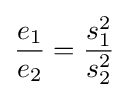
{\frac {e_{1}}{e_{2}}}={\frac {s_{1}^{2}}{s_{2}^{2}}}